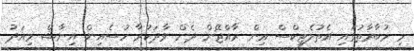
މި މުބާރާތުގައި އެތުލެޓިކްސް އިން ރާއްޖޭން ދެން ވާދަކުރާ ހުސެއިން އިނާޝް މިއަދު